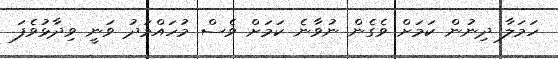
ހަމަލާ ދިނުން ކަމަށް ވެގެން ނުވާނެ ކަމަށް ވެސް މުހައްމަދު ވަނީ ވިދާޅުވެފަ